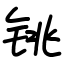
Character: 铫